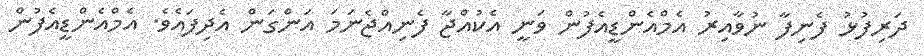
ދަރިފުޅު ފެނިފާ ނުވާއިރު އެމްއެންޑީއެފުން ވަނީ އެކުއްޖާ ފެނިއްޖެނަމަ އަންގަން އެދިފައެވެ. އެމްއެންޑީއެފުން